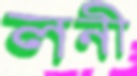
লনী